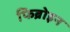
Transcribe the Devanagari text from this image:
फिब्रोइन